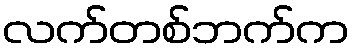
လက်တစ်ဘက်က